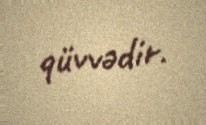
qüvvədir.